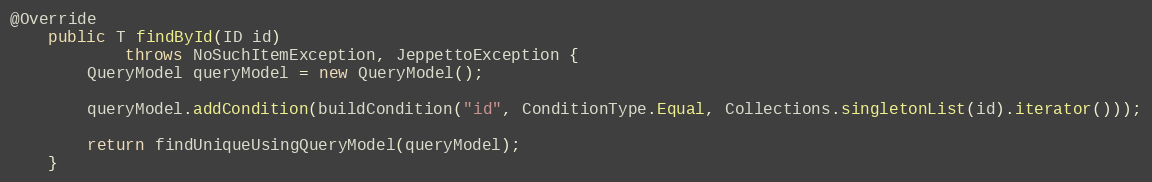
Language: Java
@Override
    public T findById(ID id)
            throws NoSuchItemException, JeppettoException {
        QueryModel queryModel = new QueryModel();

        queryModel.addCondition(buildCondition("id", ConditionType.Equal, Collections.singletonList(id).iterator()));

        return findUniqueUsingQueryModel(queryModel);
    }